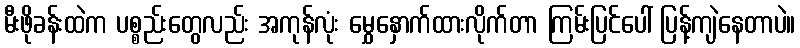
မီးဖိုခန်းထဲက ပစ္စည်းတွေလည်း အကုန်လုံး မွှေနှောက်ထားလိုက်တာ ကြမ်းပြင်ပေါ် ပြန့်ကျဲနေတာပဲ။